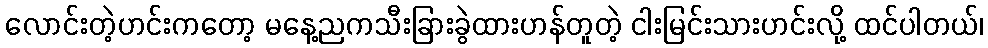
လောင်းတဲ့ဟင်းကတော့ မနေ့ညကသီးခြားခွဲထားဟန်တူတဲ့ ငါးမြင်းသားဟင်းလို့ ထင်ပါတယ်၊